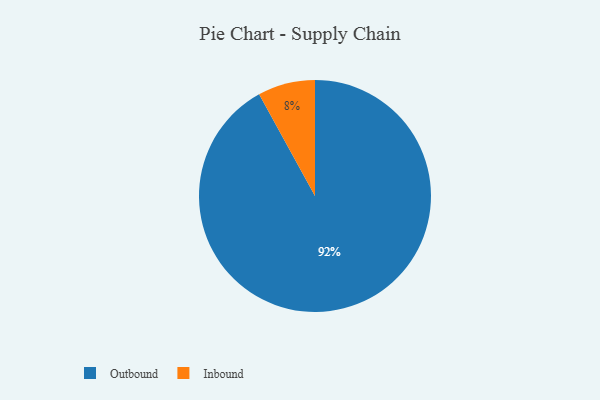
{"axis": {"x": "Category", "y": "Percentage"}, "legend": ["Inbound", "Outbound"], "data": [{"x": "Outbound", "y": 92, "type": "Outbound"}, {"x": "Inbound", "y": 8, "type": "Inbound"}]}